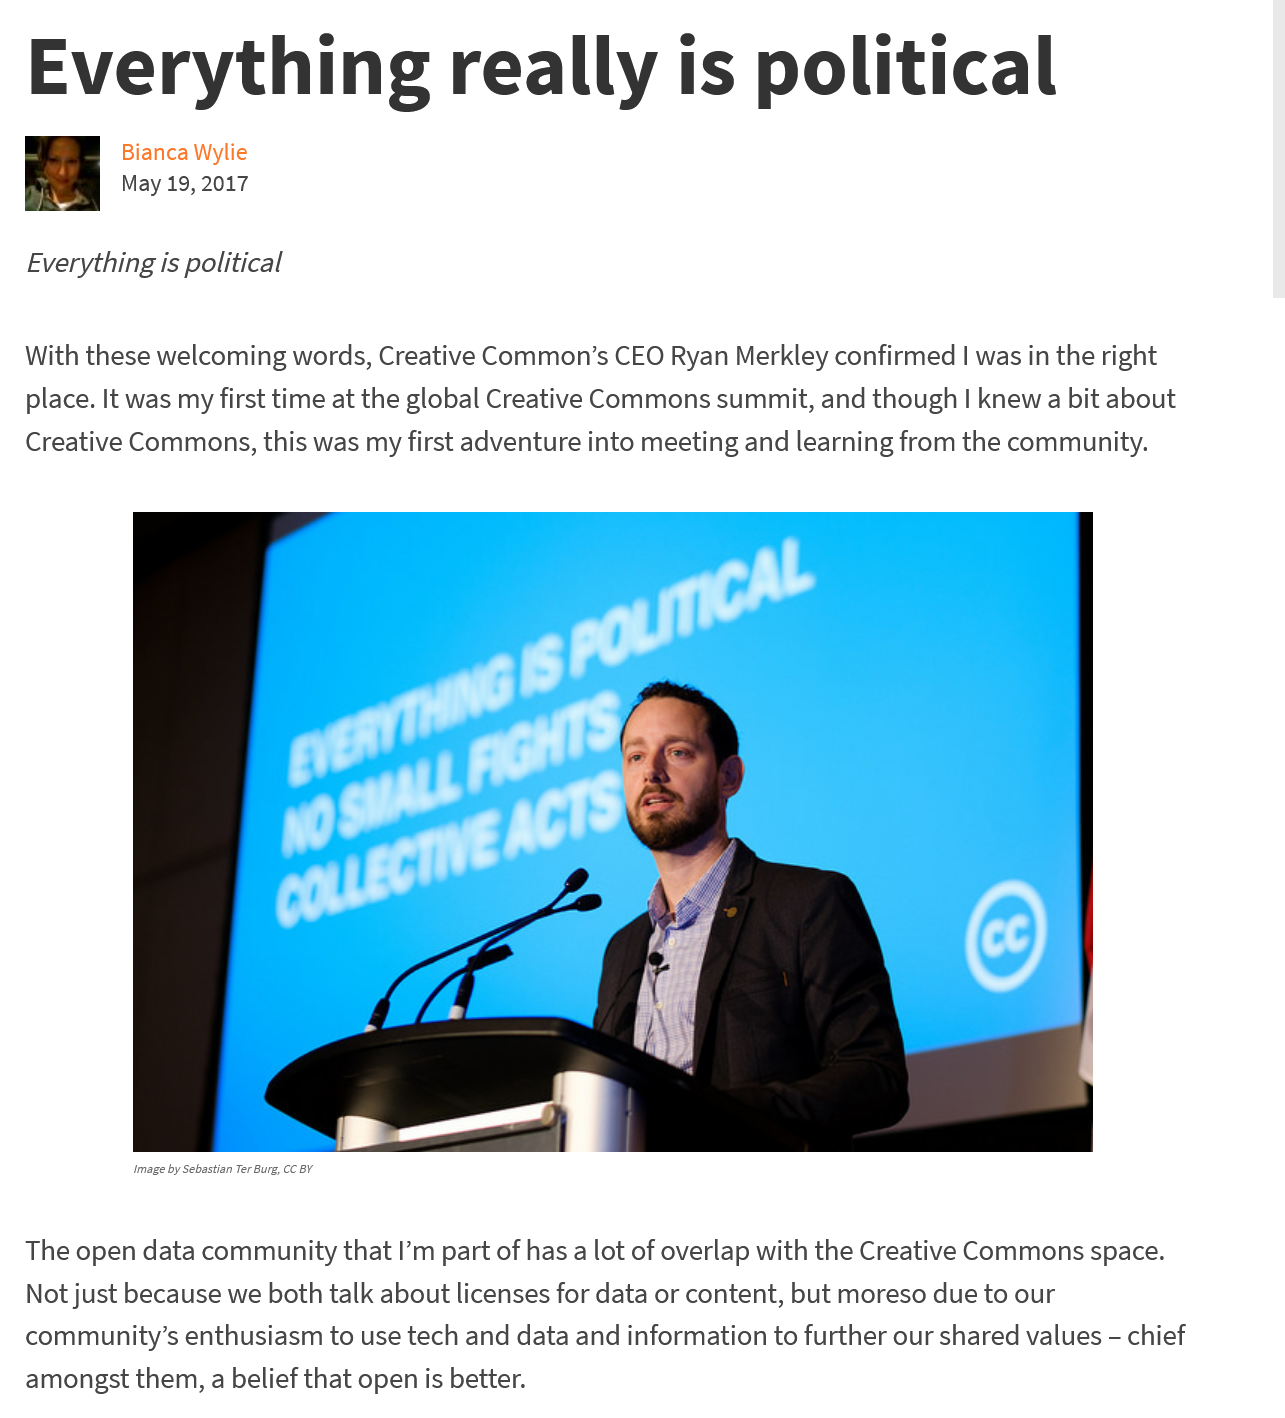
Everything    really    is   political
     Bianca Wylie
     May 19, 2017
  Everything is political
  With these welcoming words, Creative Common’s CEO Ryan Merkley confirmed | was in the right
  place. It was my first time at the global Creative Commons summit, and though | knew a bit about
  Creative Commons, this was my first adventure into meeting and learning from the community.

     Image by Sebastian Ter Burg, CC BY
  The open data community that I’m part of has a lot of overlap with the Creative Commons space.
  Not just because we both talk about licenses for data or content, but moreso due to our
  community’s enthusiasm to use tech and data and information to further our shared values
     -
     chief
  amongst them, a belief that open is better.